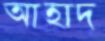
আহাদ